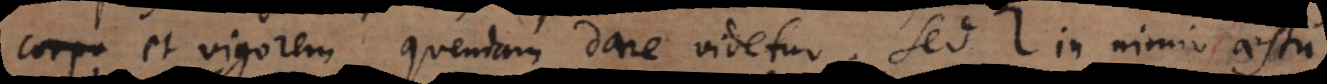
corpo et vigorem quendam dare videtur. Sed cum su